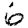
Digit: 6